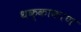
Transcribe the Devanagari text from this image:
थक्काकरण